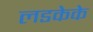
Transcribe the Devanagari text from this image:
लडकेके